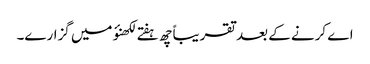
اے کرنے کے بعد تقریباً چھ ہفتے لکھنؤ میں گزارے۔